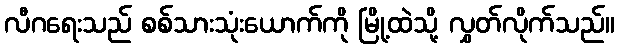
လီဂရေးသည် စစ်သားသုံးယောက်ကို မြို့ထဲသို့ လွှတ်လိုက်သည်။